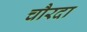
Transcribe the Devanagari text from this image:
चौरदा